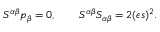
S ^ { \alpha \beta } p _ { \beta } = 0 , \qquad S ^ { \alpha \beta } S _ { \alpha \beta } = 2 ( \epsilon s ) ^ { 2 } .